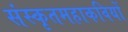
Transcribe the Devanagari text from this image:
संस्कृतमहाकवियों